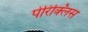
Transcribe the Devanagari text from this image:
पेरिक्लिस